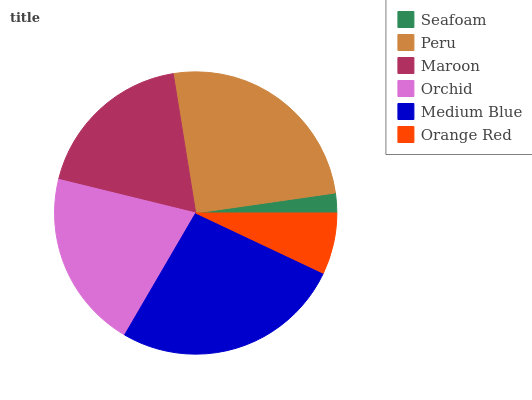
| Seafoam | Peru | Maroon | Orchid | Medium Blue | Orange Red |
 | --- | --- | --- | --- | --- | --- |
 | 2.28% | 25.3% | 18.6% | 20.4% | 26.4% | 7.02% |